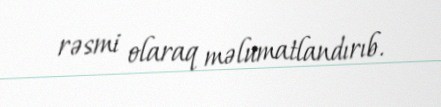
rəsmi olaraq məlumatlandırıb.